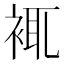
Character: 𧚊